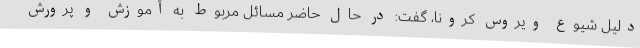
دلیل شیوع ویروس کرونا، گفت: در حال حاضر مسائل مربوط به آموزش و پرورش